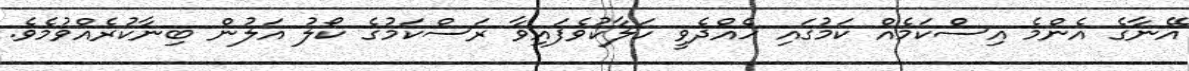
އޭނާގެ އެންމެ އިސްކަމެއް ކަމުގައި ހެއްދެވީ ހަލާކުވެފައިވާ ރަސްކަމުގެ ކޯލު އަލުން ބިނާކުރެއްވުމެވެ.